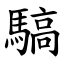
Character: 䮦